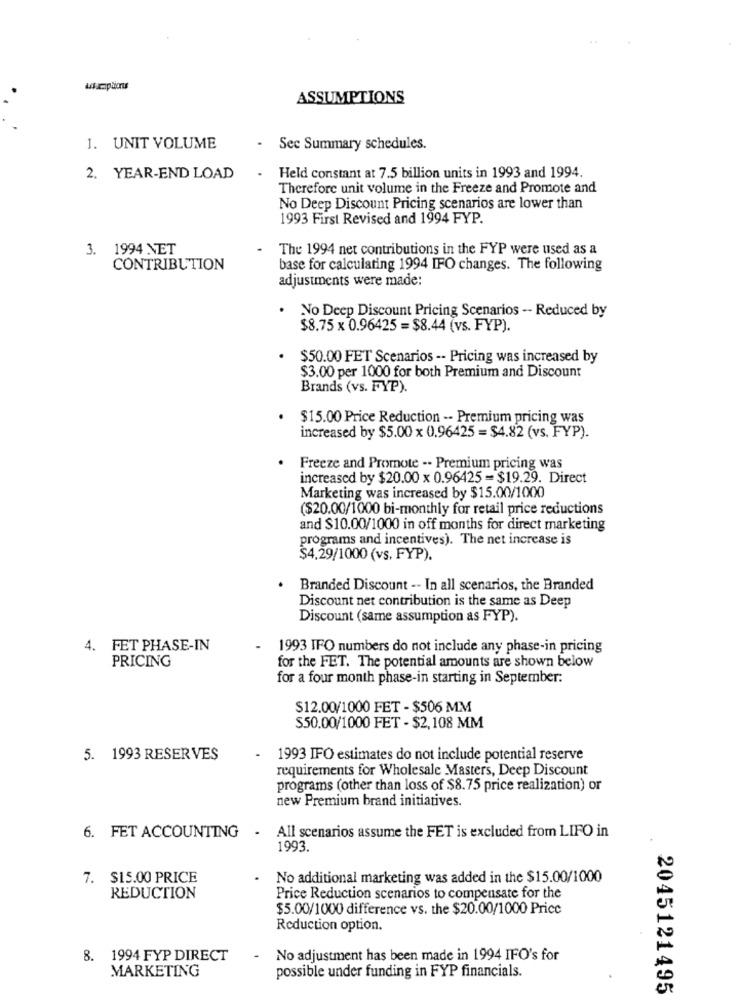
ASSUMPTIONS
1. UNIT VOLUME
Sec Summary schedules.
2. YEAR-END LOAD
. Held constant at 7.5 billion units in 1993 and 1994.
Therefore unit volume in the Freeze and Promote and
No Deep Discount Pricing scenarios are lower than
1993 First Revised and 1994 FYP.
3. 1994 NET
The 1994 net contributions in the FYP were used as a
CONTRIBUTION
base for calculating 1994 IFO changes. The following
adjustments were made:
No Deep Discount Pricing Scenarios - Reduced by
$8.75 x 0.96425 = $8.44 (vs. FYP).
$50.00 FET Scenarios -- Pricing was increased by
$3.00 per 1000 for both Premium and Discount
Brands (vs. FYP).
$15.00 Price Reduction -- Premium pricing was
increased by $5.00 x 0.96425 = $4.82 (vs. FYP).
Freeze and Promote -- Premium pricing was
increased by $20.00 x 0.96425 =$19.29. Direct
Marketing was increased by $15.00/1000
($20.00/1000 bi-monthly for retail price reductions
and $10.00/1000 in off months for direct marketing
programs and incentives). The net increase is
$4.29/1000 (vs, FYP).
Branded Discount -- In all scenarios, the Branded
Discount net contribution is the same as Deep
Discount (same assumption as FYP).
4. FET PHASE-IN
1993 IFO numbers do not include any phase-in pricing
PRICING
for the FET. The potential amounts are shown below
for a four month phase-in starting in September:
$12.00/1000 FET - $506 MM
S50.00/1000 FET - $2,108 MM
5. 1993 RESERVES
1993 IFO estimates do not include potential reserve
requirements for Wholesale Masters, Deep Discount
programs (other than loss of $8.75 price realization) or
new Premium brand initiatives.
6. FET ACCOUNTING - All scenarios assume the FET is excluded from LIFO in
1993.
7. $15.00 PRICE
No additional marketing was added in the $15.00/1000
REDUCTION
Price Reduction scenarios to compensate for the
$5.00/1000 difference vs. the $20.00/1000 Price
Reduction option.
8. 1994 FYP DIRECT
No adjustment has been made in 1994 IFO's for
MARKETING
possible under funding in FYP financials.
2045121495